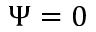
\Psi = 0